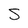
Character: s